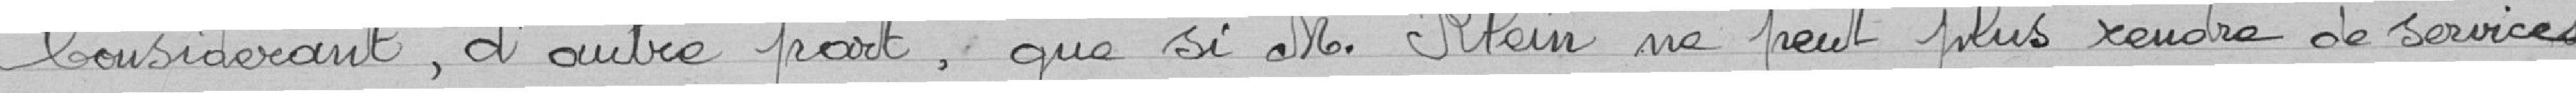
Considérant, d'autre part, que si M/ Klein ne peut plus rendre de services